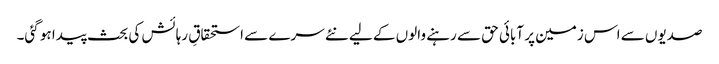
صدیوں سے اس زمین پر آبائی حق سے رہنے والوں کے لیے نئے سرے سے استحقاقِ رہائش کی بحث پیدا ہو گئی۔